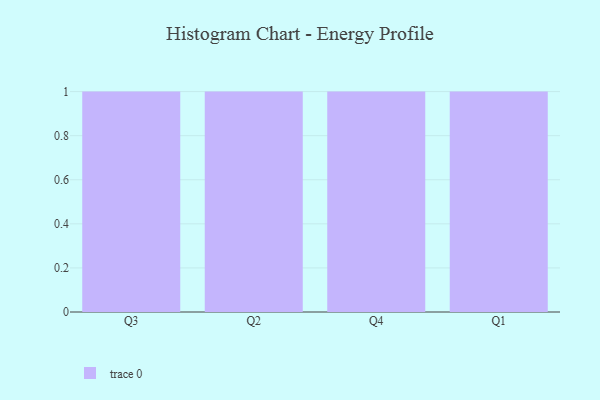
{"axis": {"x": "Quarter", "y": "Active Users"}, "legend": [""], "data": [{"x": "Q3", "y": 36, "type": ""}, {"x": "Q2", "y": 88, "type": ""}, {"x": "Q4", "y": 74, "type": ""}, {"x": "Q1", "y": 67, "type": ""}]}